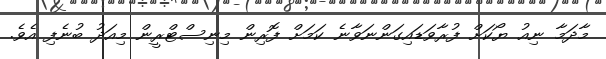
މާދަމާ ނިއު ޔޯކަށް ފުރާވަޑައިގަންނަވާނެ ކަމަށް ފޮރިން މިނިސްޓްރީން މިއަދު ބުނެފި އެވެ.